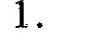
1$$.